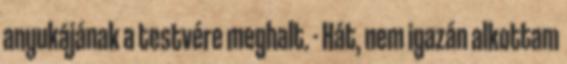
anyukájának a testvére meghalt. - Hát, nem igazán alkottam